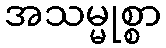
အသမ္မုစ္စာ